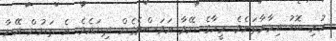
ހުރި ބޮޑު އިމާރާތަށެވެ. މީހާގެ ނޭވާ އަވަސްވެގެން ދިޔައެވެ. އެ ތަނުން އޭނާ